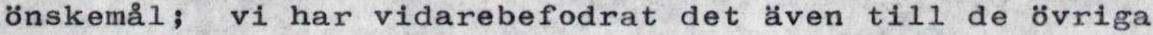
önskemål; vi har vidarebefodrat det även till de övriga